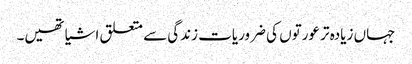
جہاں زیادہ تر عورتوں کی ضروریات زندگی سے متعلق اشیا تھیں۔